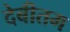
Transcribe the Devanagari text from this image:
देबीतम